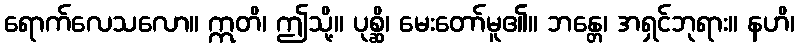
ရောက်လေသလော။ ဣတိ၊ ဤသို့။ ပုစ္ဆိ၊ မေးတော်မူ၏။ ဘန္တေ၊ အရှင်ဘုရား။ နဟိ၊